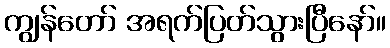
ကျွန်တော် အရက်ပြတ်သွားပြီနော်။